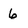
Character: 6